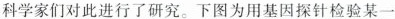
科学家们对此进行了研究。下图为用基因探针检验某一